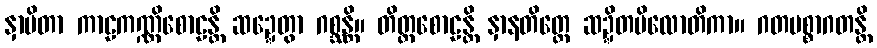
နှာပိတာ ကာဠကဏ္ဏိစောဠန္တိ ဆဍ္ဍေတွာ ဂစ္ဆန္တိ။ တိတ္ထစောဠန္တိ နှာနတိတ္ထေ ဆဍ္ဍိတပိလောတိကာ။ ဂတပစ္စာဂတန္တိ